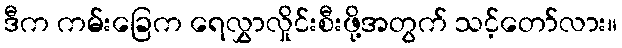
ဒီက ကမ်းခြေက ရေလွှာလှိုင်းစီးဖို့အတွက် သင့်တော်လား။